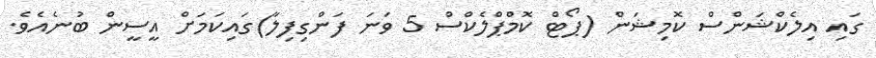
ގައި އިލެކްޝަންސް ކޮމިޝަން (ޕޯޓް ކޮމްޕްލެކްސް 5 ވަނަ ފަންގިފިލާ)ގައިކަމަށް އީސީން ބުނެއެވެ.